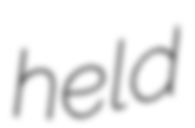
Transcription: held